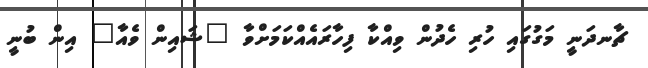
ޗާނދަނީ މަގުގައި ހުރި ހެދުން ވިއްކާ ފިހާރައެއްކަމަށްވާ "ޝައިން ވެއާ" އިން ބުނީ